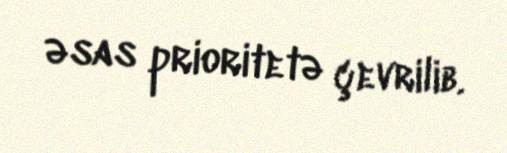
əsas prioritetə çevrilib.